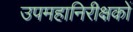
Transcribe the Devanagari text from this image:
उपमहानिरीक्षकों